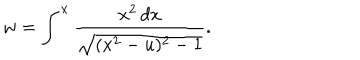
w = \int ^ { x } \frac { x ^ { 2 } \, d x } { \sqrt { ( x ^ { 2 } - u ) ^ { 2 } - 1 } } .